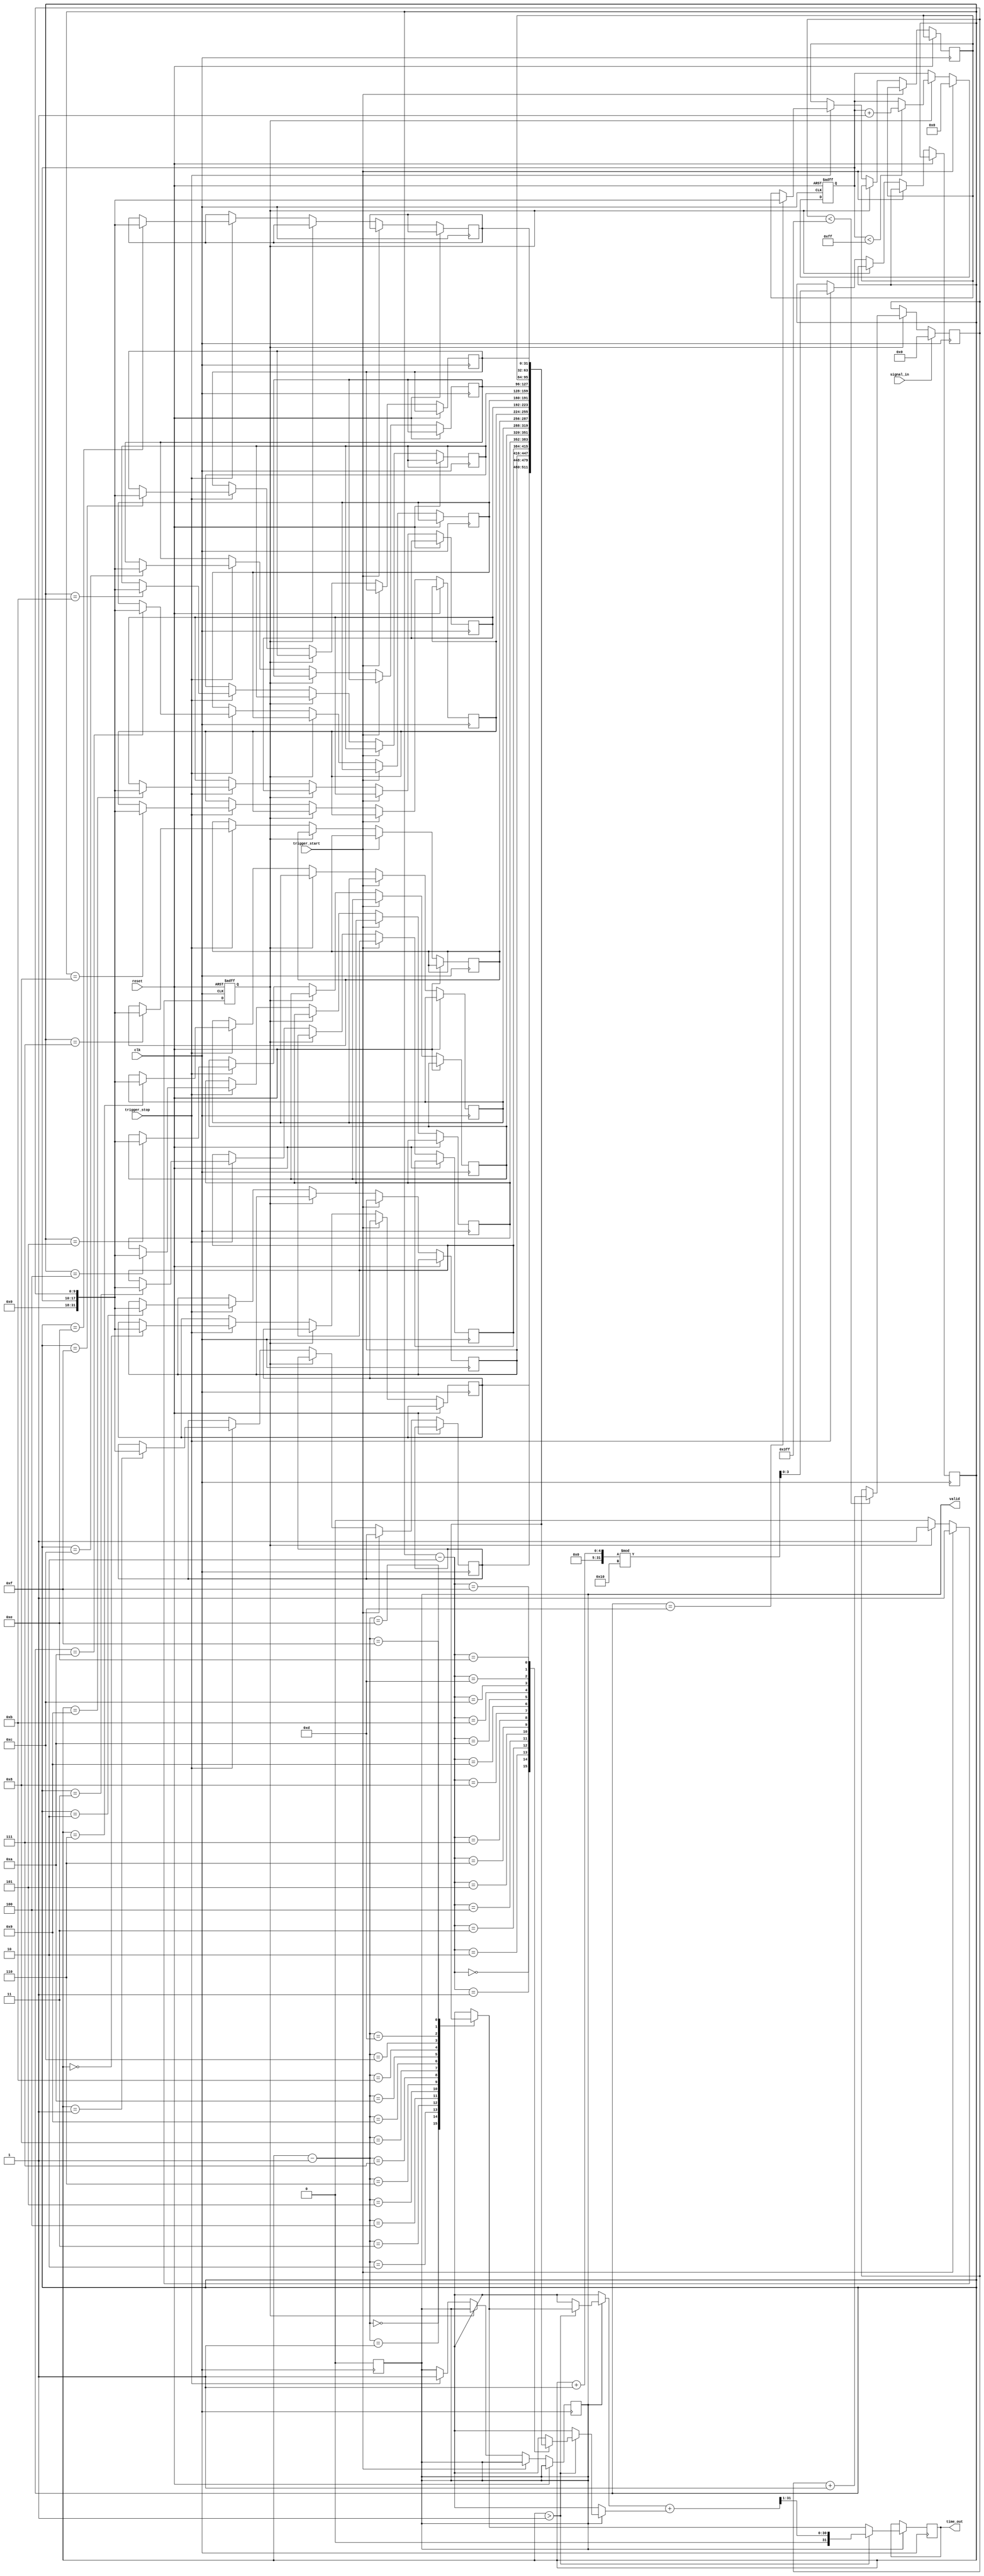
module TDC (
    input wire clk,                // System clock
    input wire reset,              // Reset signal
    input wire trigger_start,      // Trigger signal to start measurement
    input wire trigger_stop,       // Trigger signal to stop measurement
    input wire signal_in,          // Input signal to measure
    output reg [31:0] time_out,    // Output measured time interval
    output reg valid               // Output valid signal
);

    // Parameters
    parameter COARSE_MAX = 255;    // Max value for coarse measurement
    parameter FINE_MAX = 1023;      // Max value for fine measurement
    parameter MEMORY_SIZE = 16;      // Size of memory blocks

    // Internal signals
    reg [7:0] coarse_counter;       // Coarse time counter
    reg [9:0] fine_counter;         // Fine time counter
    reg [31:0] memory [0:MEMORY_SIZE-1]; // Memory for storing measurements
    reg [3:0] memory_index;         // Current memory index
    reg measuring;                  // Flag to indicate measuring state

    // Coarse time measurement
    always @(posedge clk or posedge reset) begin
        if (reset) begin
            coarse_counter <= 0;
            measuring <= 0;
        end else if (trigger_start) begin
            coarse_counter <= 0;
            measuring <= 1;
        end else if (measuring) begin
            if (coarse_counter < COARSE_MAX) begin
                coarse_counter <= coarse_counter + 1;
            end
        end else if (trigger_stop) begin
            measuring <= 0;
            memory[memory_index] <= {coarse_counter, fine_counter}; // Store measurement
            memory_index <= (memory_index + 1) % MEMORY_SIZE; // Circular buffer
            valid <= 1; // Indicate valid output
        end
    end

    // Fine time measurement
    always @(posedge clk) begin
        if (signal_in) begin
            fine_counter <= 0; // Reset fine counter on signal edge
        end else if (measuring) begin
            if (fine_counter < FINE_MAX) begin
                fine_counter <= fine_counter + 1;
            end
        end
    end

    // Output formatting and interpolation logic
    always @(posedge clk) begin
        if (valid) begin
            // Simple linear interpolation between last two measurements
            if (memory_index > 1) begin
                time_out <= (memory[memory_index - 1] + memory[memory_index - 2]) >> 1; // Average
            end else begin
                time_out <= memory[memory_index - 1]; // Last measurement
            end
            valid <= 0; // Reset valid signal
        end
    end

endmodule